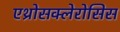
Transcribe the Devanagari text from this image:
एथ्रोसक्लेरोसिस